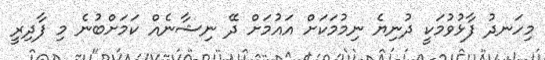
މިހަނދު ފާޅުވުމަަކީ ދުނިޔެ ނިމުމަކަށް އައުމަށް ދޭ ނިޝާނެއް ކަމަށްބުނެ މި ފާދިރީ